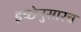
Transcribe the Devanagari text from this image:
इच्छेनुसारच